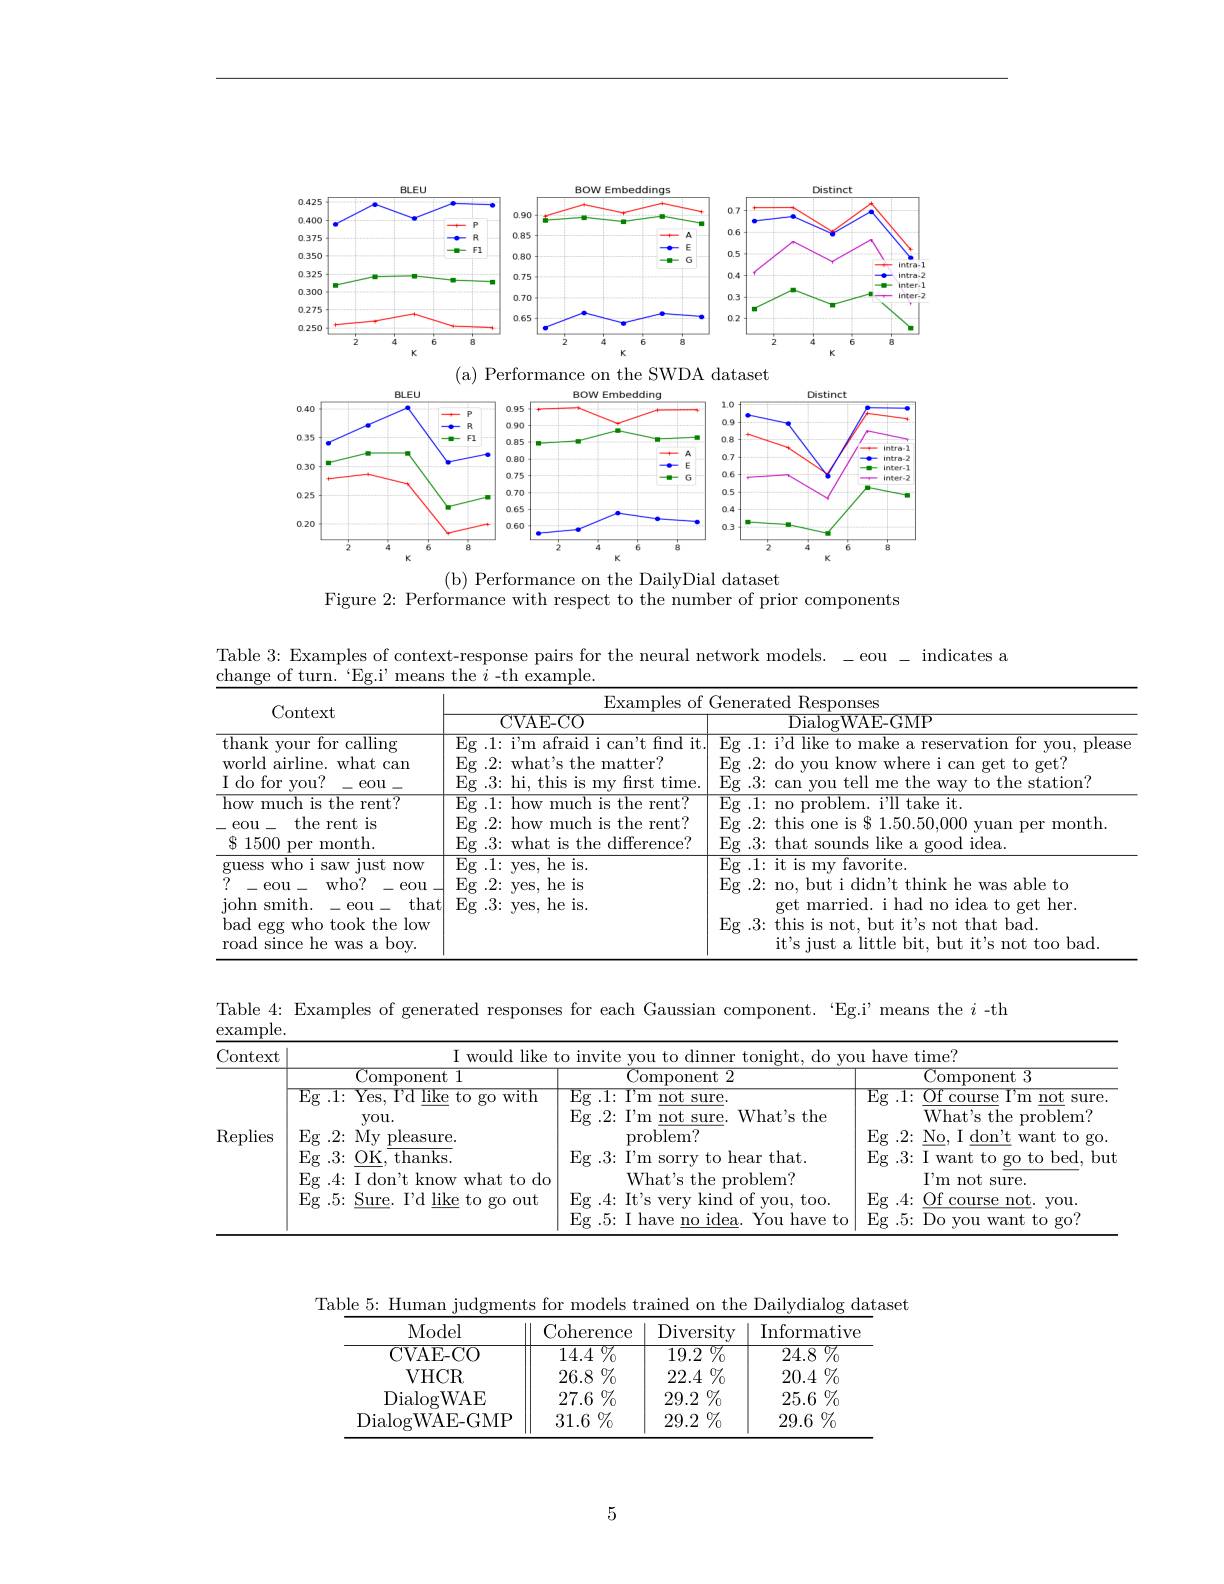
<FigureHere>
(b) Performance on the DailyDial dataset

Figure 2: Performance with respect to the number of prior components

Table 3:Examples of context-response pairs for the neural network models. -eou - indicates a
${\underline{{\mathrm{change~of~turn.~“Eg.i’means~the~}i\mathrm{~-th~example.}}}}$

<table>
	<tbody>
		<tr>
			<th rowspan="2">Context</th>
			<th colspan="2">Examples of Generated Responses</th>
		</tr>
		<tr>
			<th>CVAE- CO</th>
			<th>$\overline{{\mathrm{DialogWAE-GMP}}}$</th>
		</tr>
		<tr>
			<td>$\overline{\mathrm{thank~your~for~calling}}$ world airline. what can ${\mathrm{I~do~for~vou?}}$ eou</td>
			<td>Eg .1: i'm afraid i can't find it Eg . 2:  wha$t^{\prime }$s the matter?  Eg .3: hi, this is my first time.</td>
			<td>$\operatorname{Eg}.1\colon$i'd like to make a reservation for you, please Eg .2: do you know where i can get to get? Eg .3: can vou tell me the way to the station?</td>
		</tr>
		<tr>
			<td>guess who i s  saw just now ? eou $who?$ eou . john smith. -eou that 一 bad egg who took the low $\operatorname{since}$he a bov. road  was</td>
			<td>${\overline{\mathrm{Eg~.1:~yes,~he~is.}}}$ $\operatorname{Eg}.2\colon$yes, he is $\operatorname{Eg}.3\colon$yes, he is.</td>
			<td>Eg .1: it is my favorite. Eg .2: no, but i didn't think he was able to get married. i had no idea to get her. Eg .3: this is not, but it's not that bad. it's iust a little bit. but it's not too bad.</td>
		</tr>
	</tbody>
</table>

Table 4: Examples of generated responses for each Gaussian component.“Eg.i’means the $i$ -th

example.
<table>
	<tbody>
		<tr>
			<th rowspan="1">${\mathrm{Context}}$</th>
			<th colspan="3">$mould|_{1}$ $\mathrm{o~vou~have~time}^{\mathrm{o}}$</th>
		</tr>
		<tr>
			<th rowspan="5">Replies</th>
			<th>Component 1</th>
			<th>Component 2</th>
			<th>Component 3</th>
		</tr>
		<tr>
			<td>Eg$. 3\nobreak {: } $OK, thanks.</td>
			<td>Eg .3: I'm sorry to hear that.</td>
			<td>Eg .3: I want to go to bed, but</td>
		</tr>
		<tr>
			<td>Eg .4: I don't know what to do</td>
			<td>What's the problem?</td>
			<td>$I^{\prime }$m not  sure.</td>
		</tr>
		<tr>
			<td>Eg .5: Sure. I'd like to go out</td>
			<td>Eg .4: It's very kind of you, too.</td>
			<td>Eg .4: Of course not. you.</td>
		</tr>
		<tr>
			<td> </td>
			<td>Eg .5: I have no idea. You have to</td>
			<td>Eg . 5:  Do vou want to go? 1</td>
		</tr>
	</tbody>
</table>

Table 5: Human judgments for models trained on the Dailydialog dataset
<table>
	<tbody>
		<tr>
			<th>Model</th>
			<th>Coherence</th>
			<th>Diversity</th>
			<th>Informative</th>
		</tr>
		<tr>
			<td>CVAE- CO</td>
			<td>$\overline {14. 4}$ $\%$</td>
			<td>$77_{0}$ 19.2 </td>
			<td>$\overline{24.8}\%$</td>
		</tr>
		<tr>
			<td>VHCR</td>
			<td>26.8 $\%_{0}$ </td>
			<td>$22.4\%$</td>
			<td>$20.4\%$</td>
		</tr>
		<tr>
			<td>DialogWAE</td>
			<td>$27.6\%$</td>
			<td>$29.2\%$</td>
			<td>25.6 $\%$</td>
		</tr>
		<tr>
			<td>DialogWAE-GMP</td>
			<td>$31.6\%$</td>
			<td>$29.2\%$</td>
			<td>29.6 $\%$</td>
		</tr>
	</tbody>
</table>

5